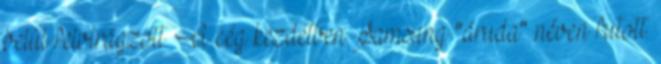
belül felvirágzott. A cég kezdetben Samsung "áruda" néven futott.